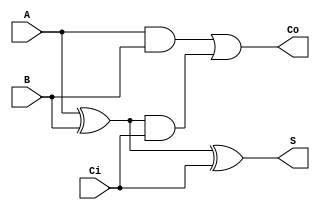




//AQUI VA LA LOGICA ESTO SE HACE CREANDO UNA CARPETA PRIMERO QUE VA SER POR LABORATORIO
module LAB01(
input A,
input B,
input Ci,
output S,
output Co

);

wire xor_1;
wire and_1;
wire and_2;

assign xor_1 = A^B;
assign and_1 = A&B;
assign and_2 = xor_1 & Ci;

assign S = xor_1 ^Ci;
assign Co = and_1 | and_2;

endmodule